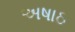
અષાઠ